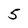
Character: 5